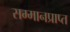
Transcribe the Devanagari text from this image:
सम्मानप्राप्त